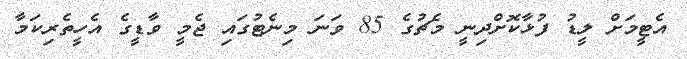
އެޓީމަށް ލީޑު ފުޅާކޮށްދިނީ މެޗުގެ 85 ވަނަ މިނެޓުގައި ޖެމީ ވާޑީގެ އެހީތެރިކަމާ